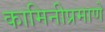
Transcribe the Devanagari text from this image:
कामिनीप्रमाणे